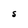
Character: S